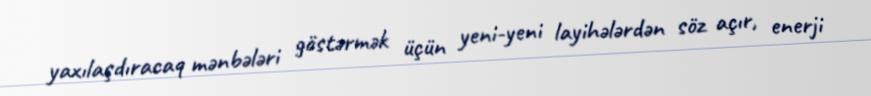
yaxılaşdıracaq mənbələri göstərmək üçün yeni-yeni layihələrdən söz açır, enerji